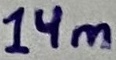
Text: 14m